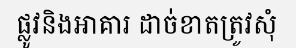
ផ្លូវនិងអាគារ ដាច់ខាតត្រូវសុំ